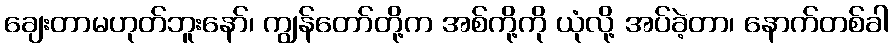
ချေးတာမဟုတ်ဘူးနော်၊ ကျွန်တော်တို့က အစ်ကို့ကို ယုံလို့ အပ်ခဲ့တာ၊ နောက်တစ်ခါ